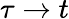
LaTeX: \tau\to t